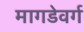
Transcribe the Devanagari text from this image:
मागडेवर्ग